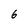
Character: 6